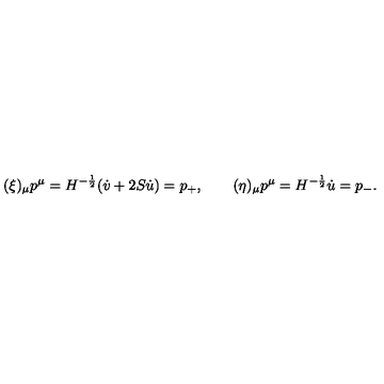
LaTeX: ( \xi ) _ { \mu } p ^ { \mu } = H ^ { - { \frac { 1 } { 2 } } } ( \dot { v } + 2 S \dot { u } ) = p _ { + } , \quad \quad ( \eta ) _ { \mu } p ^ { \mu } = H ^ { - { \frac { 1 } { 2 } } } \dot { u } = p _ { - } .